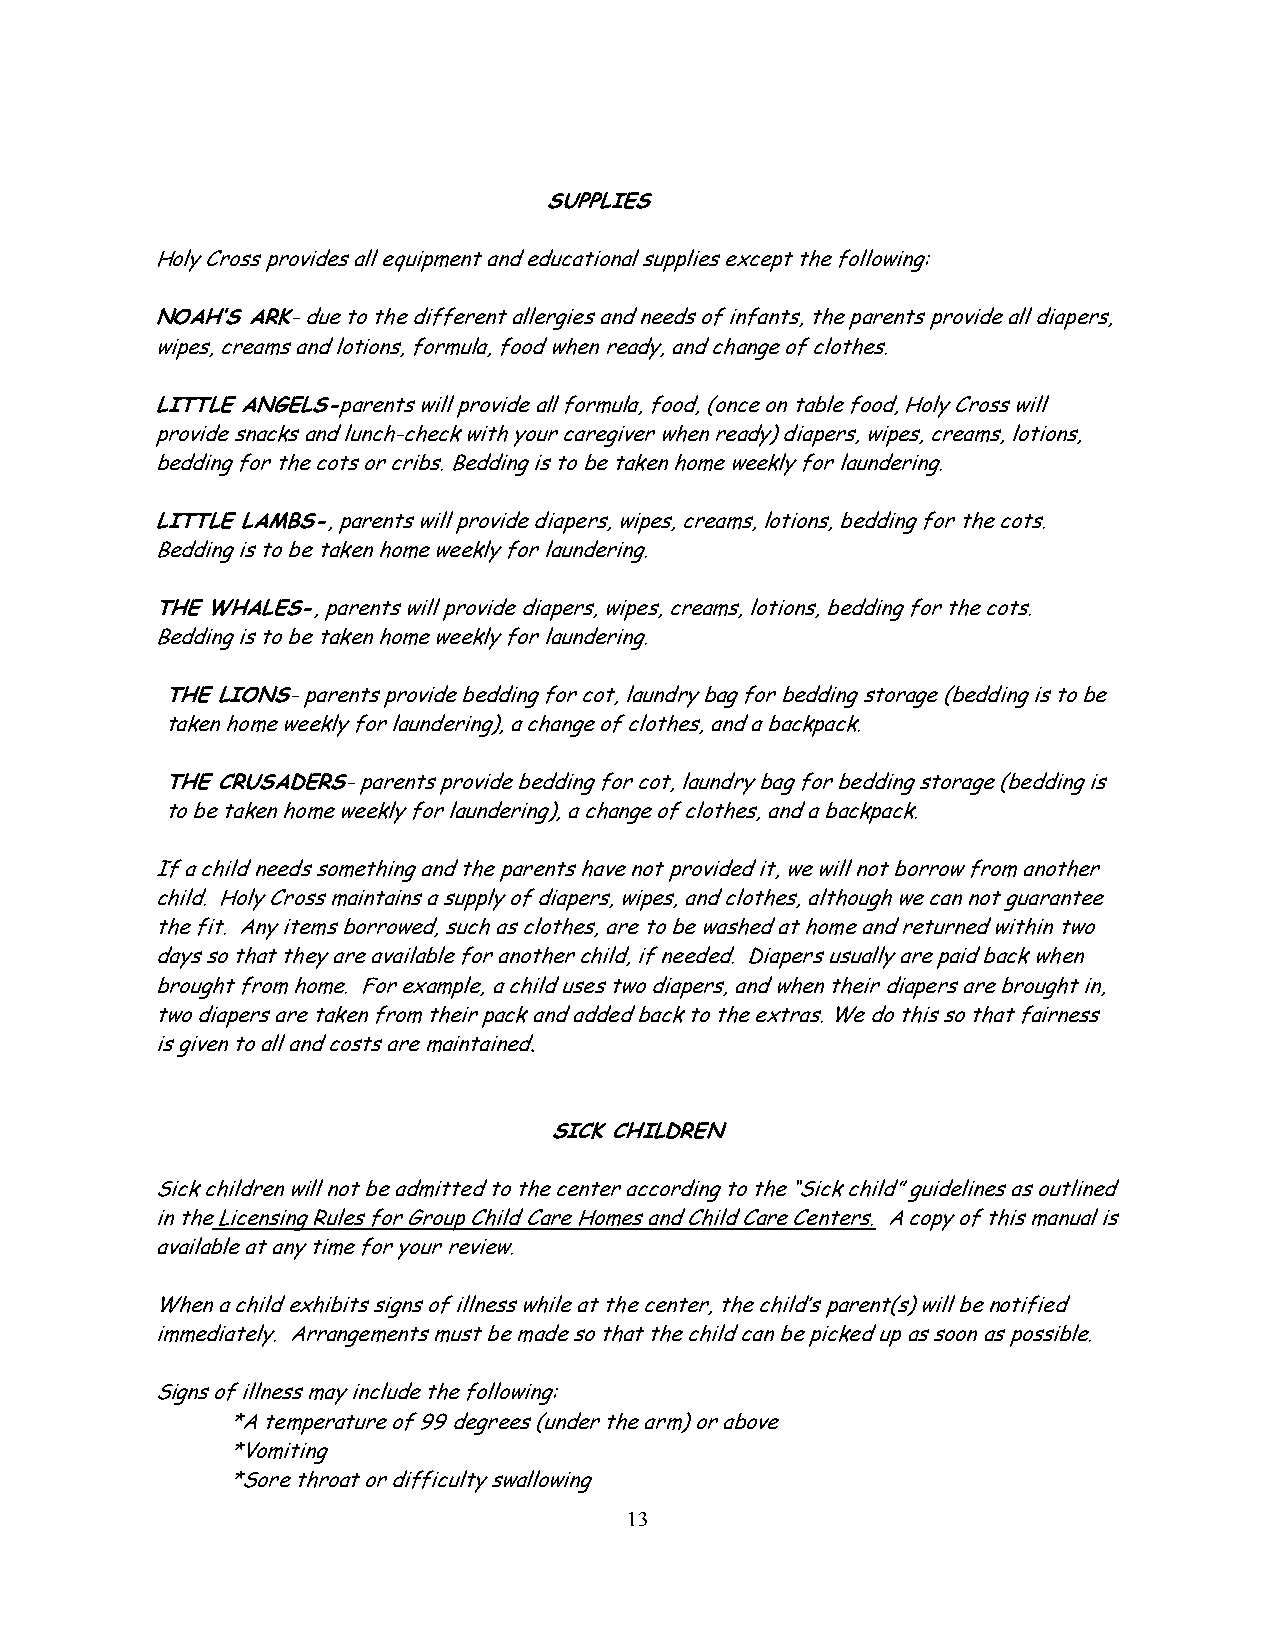
SUPPLIES
 Holy Cross provides all equipment and educational supplies except the following:
 NOAH’S ARK- due to the different allergies and needs of infants, the parents provide all diapers,
 wipes, creams and lotions, formula, food when ready, and change of clothes.
 LITTLE ANGELS-parents will provide all formula, food, (once on table food, Holy Cross will
 provide snacks and lunch-check with your caregiver when ready) diapers, wipes, creams, lotions,
 bedding for the cots or cribs. Bedding is to be taken home weekly for laundering.
 LITTLE LAMBS-, parents will provide diapers, wipes, creams, lotions, bedding for the cots.
 Bedding is to be taken home weekly for laundering.
 THE WHALES-, parents will provide diapers, wipes, creams, lotions, bedding for the cots.
 Bedding is to be taken home weekly for laundering.
 THE LIONS- parents provide bedding for cot, laundry bag for bedding storage (bedding is to be
 taken home weekly for laundering), a change of clothes, and a backpack.
 THE CRUSADERS- parents provide bedding for cot, laundry bag for bedding storage (bedding is
 to be taken home weekly for laundering), a change of clothes, and a backpack.
 If a child needs something and the parents have not provided it, we will not borrow from another
 child. Holy Cross maintains a supply of diapers, wipes, and clothes, although we can not guarantee
 the fit. Any items borrowed, such as clothes, are to be washed at home and returned within two
 days so that they are available for another child, if needed. Diapers usually are paid back when
 brought from home. For example, a child uses two diapers, and when their diapers are brought in,
 two diapers are taken from their pack and added back to the extras. We do this so that fairness
 is given to all and costs are maintained.
 SICK CHILDREN
 Sick children will not be admitted to the center according to the “Sick child” guidelines as outlined
 in the Licensing Rules for Group Child Care Homes and Child Care Centers. A copy of this manual is
 available at any time for your review.
 When a child exhibits signs of illness while at the center, the child’s parent(s) will be notified
 immediately. Arrangements must be made so that the child can be picked up as soon as possible.
 Signs of illness may include the following:
 *A temperature of 99 degrees (under the arm) or above
 *Vomiting
 *Sore throat or difficulty swallowing
 13